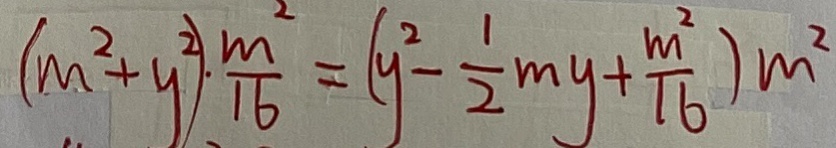
( m ^ { 2 } + y ^ { 2 } ) \cdot \frac { m ^ { 2 } } { 1 6 } = ( y ^ { 2 } - \frac { 1 } { 2 } m y + \frac { m ^ { 2 } } { 1 6 } ) m ^ { 2 }